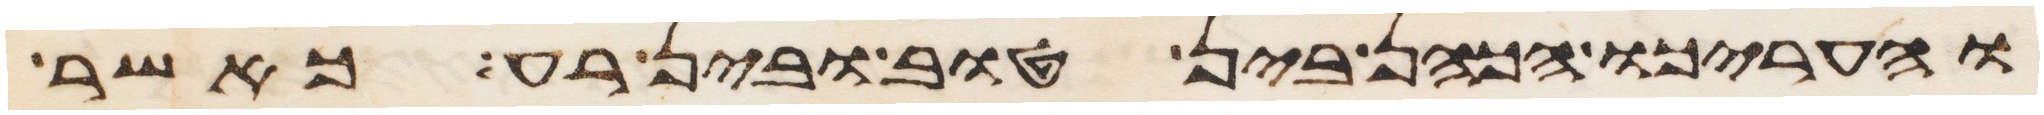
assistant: והעריכו הכהן בין טוב ובין רע כאשר